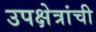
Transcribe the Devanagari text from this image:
उपक्षेत्रांची